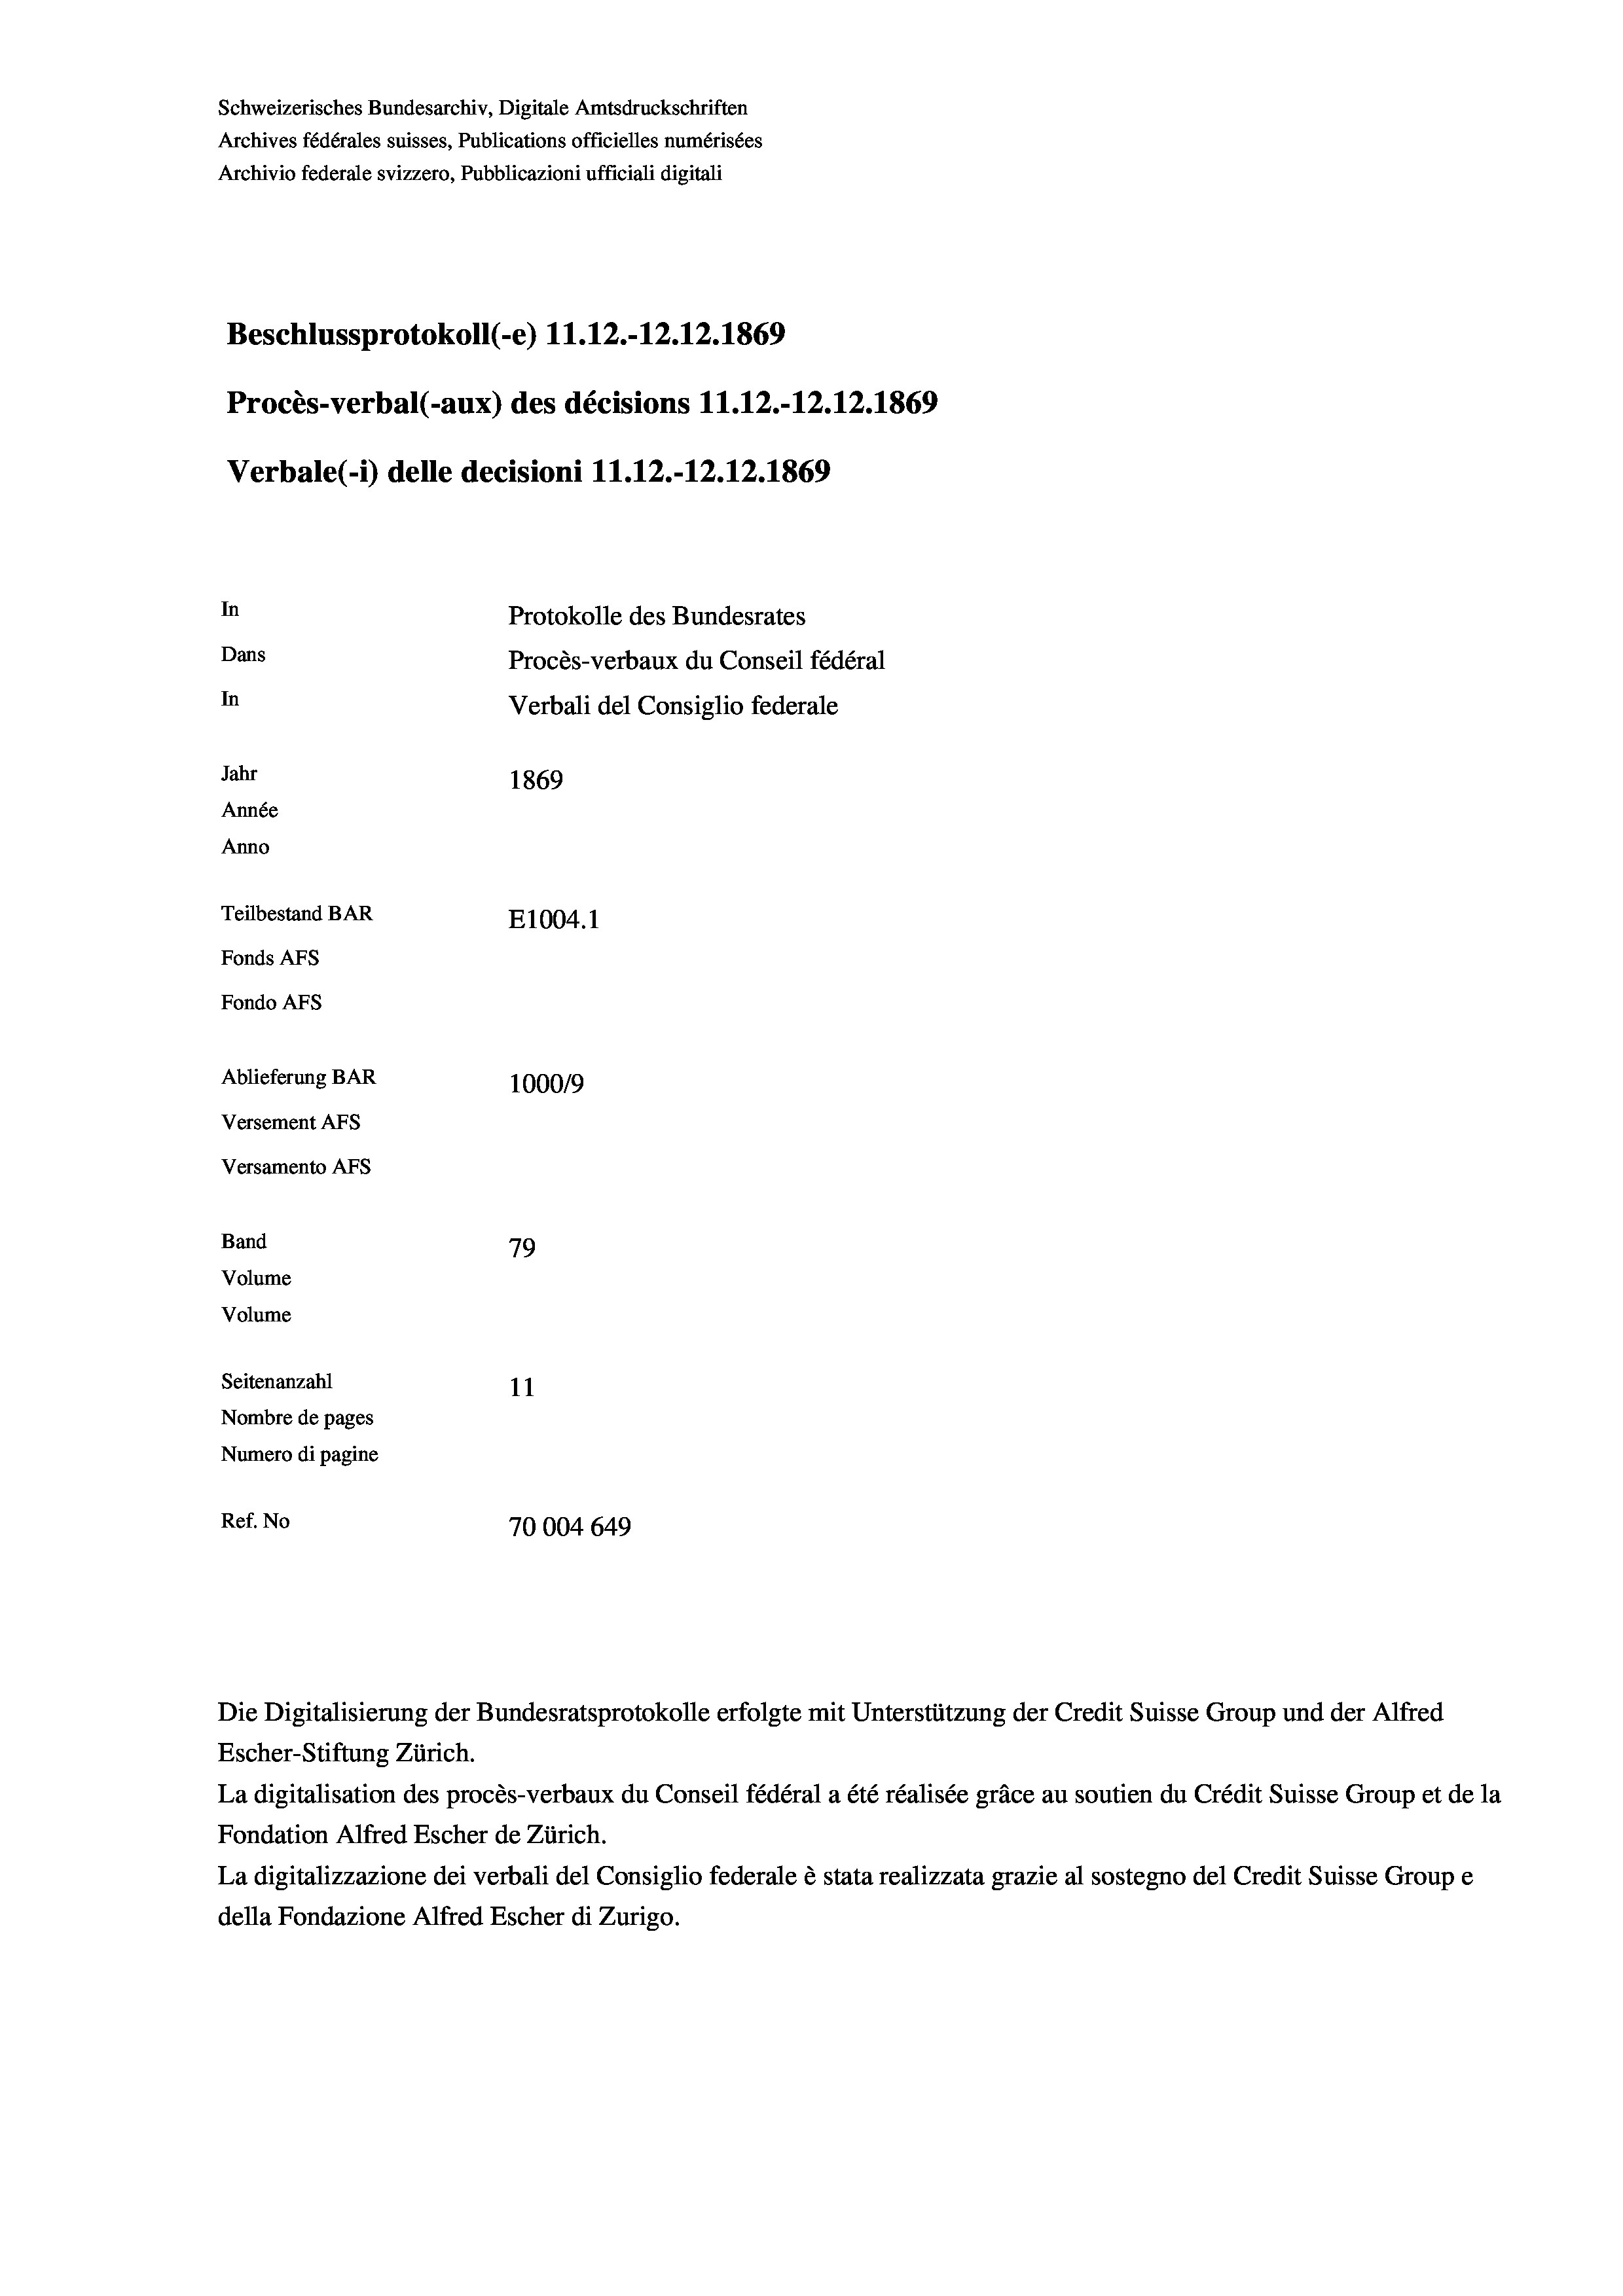
Schweizerisches Bundesarchiv, Digitale Amtsdruckschriften
Archives fédérales suisses, Publications officielles numérisées
Archivio federale svizzero, Pubblicazioni ufficiali digitali
Beschlussprotokoll (-e) 11.12.-12.12.1869
Procès-verbal (-aux) des décisions 11.12.-12.12.1869
Verbale (- 1) delle decisioni 11.12.-12.12.1869
In
Protokolle des Bundesrates
Dans
Procès-verbaux du Conseil fédéral
In
Verbali del Consiglio federale
Jahr
1869
Année
Anno
Teilbestand BAR
E1004.1
Fonds AFs
Fondo AFs
Ablieferung BAR
100019
Versement As

Versamento AFs
Band

79
Seitenanzahl
11
Nombre de pages
Numero di pagine
Ref. No
70004 649

Volume
Volume

Escher-Stiftung Zürich.
La digitalisation des procès-verbaux du Conseil fédéral a été réalisée gräce au soutien du Crédit Suisse Group et de la
Fondation Alfred Escher de Zürich.
La digitalizzazione dei verbali del Consiglio federale è stata realizzata grazie al sostegno del Credit Suisse Groupe
della Fondazione Alfred Escher di Zurigo.

Die Digitalisierung der Bundesratsprotokolle erfolgte mit Unterstützung der Credit Suisse Group und der Alfred